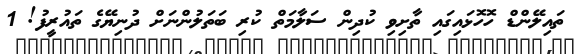
ތައިލޭންޑް ހޮހޮޅައިގައި ތާށިވި ކުދިން ސަލާމަތް ކުރި ބަތަލުންނަށް ދުނިޔޭގެ ތައުރީފު! 1